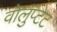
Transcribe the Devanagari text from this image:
वोलुप्टेट